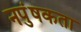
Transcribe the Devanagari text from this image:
नपुंषकता